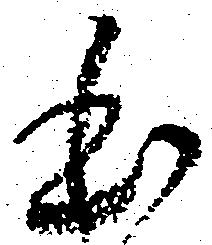
本